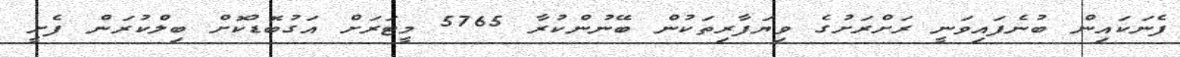
ފެނަކައިން ބުނެފައިވަނީ ރަށްރަށުގެ ވިޔަފާރިތަކުން ބޭނުންކުރާ 5765 މީޓަރަށް އަގުބޮޑުކޮށް ބިލްކުރަން ފެށީ